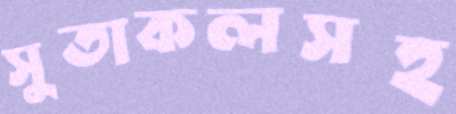
সুতাকলসহ